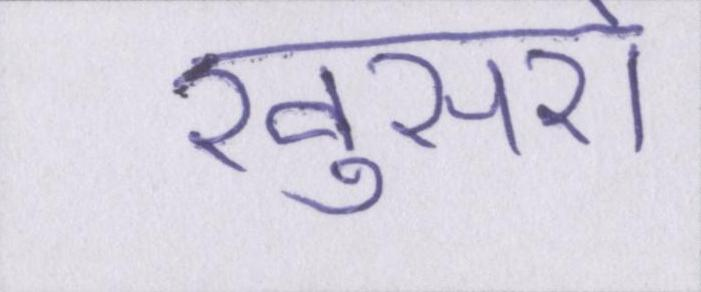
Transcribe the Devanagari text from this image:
खुसरों